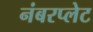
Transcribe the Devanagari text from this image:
नंबरप्लेट